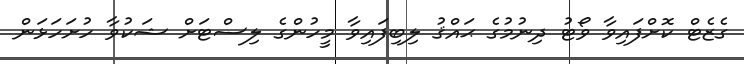
ގެޒެޓް ކޮށްފައިވާ ވޯޓު ދިނުމުގެ ޙައްޤު ލިބިފައިވާ މީހުންގެ ލިސްޓަށް ޝަކުވާ ހުށަހަޅަން